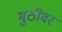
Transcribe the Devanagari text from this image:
मुठींवर